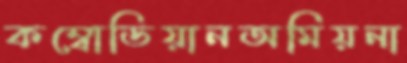
কম্বোডিয়ানঅমিয়না